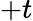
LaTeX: +t